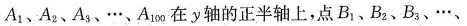
A_{1}、A_{2}、A_{3}、…、A_{100} 在 y 轴的正半轴上，点B_{1}、B_{2}、B_{3}、…、